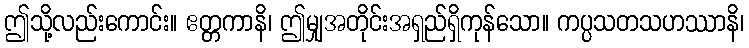
ဤသို့လည်းကောင်း။ ဧတ္တကာနိ၊ ဤမျှအတိုင်းအရှည်ရှိကုန်သော။ ကပ္ပသတသဟဿာနိ၊